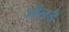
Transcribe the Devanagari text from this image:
ऑलडे